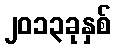
၂၀၁၃ခုနှစ်